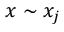
x \sim x _ { j }